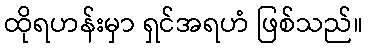
ထိုရဟန်းမှာ ရှင်အရဟံ ဖြစ်သည်။